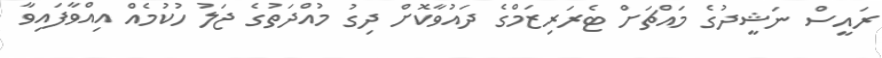
ރައީސް ނަޝީދުގެ މައްޗަށް ޓެރަރިޒަމްގެ ދައުވާކޮށް ދިގު މުއްދަތުގެ ޖަލު ހުކުމެއް އިއްވާފައިވާ